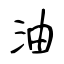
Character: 油